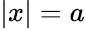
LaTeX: |x|=a